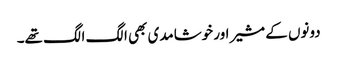
دونوں کے مشیر اور خوشامدی بھی الگ الگ تھے۔